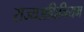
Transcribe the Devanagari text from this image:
राज्यअधिनियम